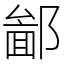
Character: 𨝣